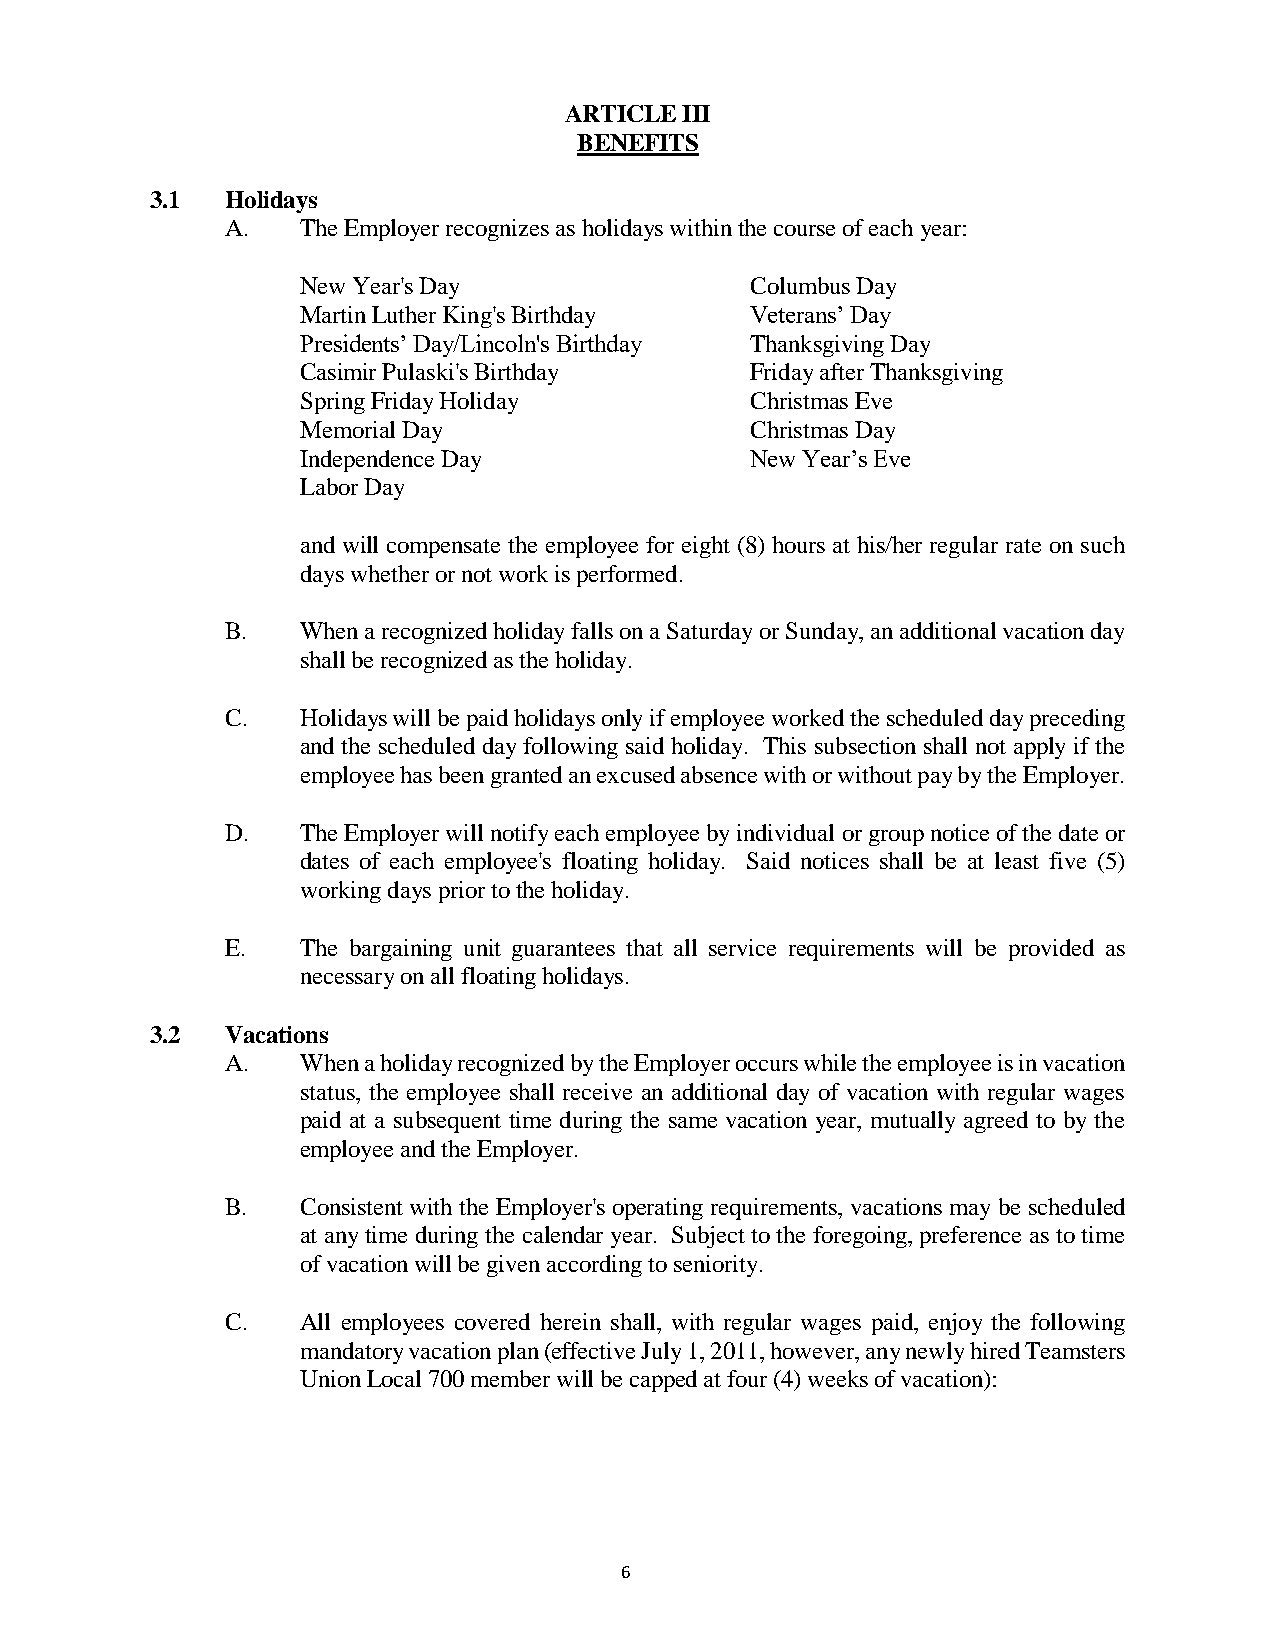
ARTICLE III
 BENEFITS
 3.1  Holidays
 A.   The Employer recognizes as holidays within the course of each year:
 New Year's Day                Columbus Day
 Martin Luther King's Birthday Veterans’ Day
 Presidents’ Day/Lincoln's Birthday Thanksgiving Day
 Casimir Pulaski's Birthday    Friday after Thanksgiving
 Spring Friday Holiday         Christmas Eve
 Memorial Day                  Christmas Day
 Independence Day              New Year’s Eve
 Labor Day
 and will compensate the employee for eight (8) hours at his/her regular rate on such
 days whether or not work is performed.
 B.   When a recognized holiday falls on a Saturday or Sunday, an additional vacation day
 shall be recognized as the holiday.
 C.   Holidays will be paid holidays only if employee worked the scheduled day preceding
 and the scheduled day following said holiday. This subsection shall not apply if the
 employee has been granted an excused absence with or without pay by the Employer.
 D.   The Employer will notify each employee by individual or group notice of the date or
 dates of each employee's floating holiday. Said notices shall be at least five (5)
 working days prior to the holiday.
 E.   The bargaining unit guarantees that all service requirements will be provided as
 necessary on all floating holidays.
 3.2  Vacations
 A.   When a holiday recognized by the Employer occurs while the employee is in vacation
 status, the employee shall receive an additional day of vacation with regular wages
 paid at a subsequent time during the same vacation year, mutually agreed to by the
 employee and the Employer.
 B.   Consistent with the Employer's operating requirements, vacations may be scheduled
 at any time during the calendar year. Subject to the foregoing, preference as to time
 of vacation will be given according to seniority.
 C.   All employees covered herein shall, with regular wages paid, enjoy the following
 mandatory vacation plan (effective July 1, 2011, however, any newly hired Teamsters
 Union Local 700 member will be capped at four (4) weeks of vacation):
 6